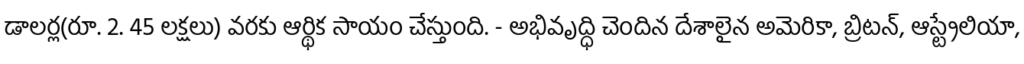
డాలర్ల(రూ. 2. 45 లక్షలు) వరకు ఆర్థిక సాయం చేస్తుంది. - అభివృద్ధి చెందిన దేశాలైన అమెరికా, బ్రిటన్, ఆస్ట్రేలియా,